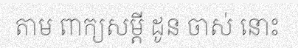
តាម ពាក្យសម្តី ដូន ចាស់ នោះ